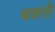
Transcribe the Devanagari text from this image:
बक्ले